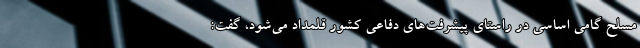
مسلح گامی اساسی در راستای پیشرفت‌های دفاعی کشور قلمداد می‌شود، گفت: